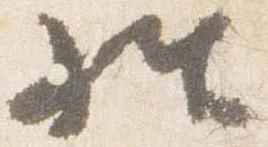
経